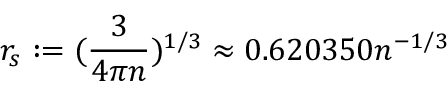
r _ { s } : = ( \frac { 3 } { 4 \pi n } ) ^ { 1 / 3 } \approx 0 . 6 2 0 3 5 0 n ^ { - 1 / 3 }